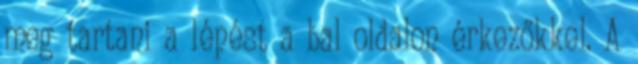
meg tartani a lépést a bal oldalon érkezőkkel. A